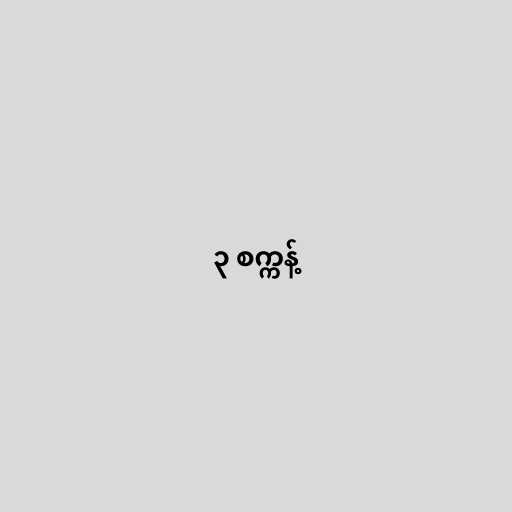
၃ စက္ကန့်